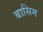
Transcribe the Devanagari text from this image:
बासिम